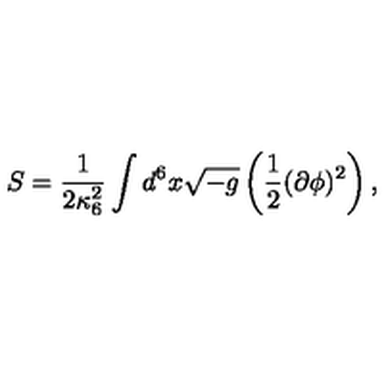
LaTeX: S = \frac { 1 } { 2 \kappa _ { 6 } ^ { 2 } } \int d ^ { 6 } x \sqrt { - g } \left( \frac { 1 } { 2 } ( \partial \phi ) ^ { 2 } \right) ,